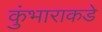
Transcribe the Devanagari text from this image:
कुंभाराकडे